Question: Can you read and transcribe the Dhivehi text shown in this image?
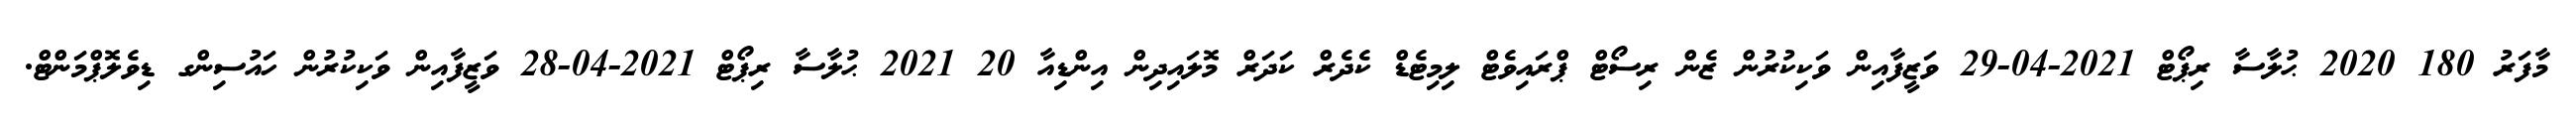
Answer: މާފަރު 180 2020 ޙުލާސާ ރިޕޯޓް 2021-04-29 ވަޒީފާއިން ވަކިކުރުން ޒެން ރިސޯޓް ޕްރައިވެޓް ލިމިޓެޑް ކެދެރް ކަދަރް މޮލައިދިން އިންޑިއާ 20 2021 ޙުލާސާ ރިޕޯޓް 2021-04-28 ވަޒީފާއިން ވަކިކުރުން ހައުސިންގ ޑިވެލޮޕްމަންޓް.